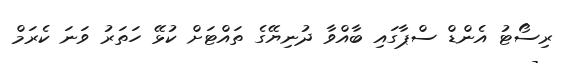
ރިސޯޓު އެންޑް ސްޕާގައި ބާއްވާ ދުނިޔޭގެ ތައްޓަށް ކުޅޭ ހަތަރު ވަނަ ކެރަމް